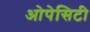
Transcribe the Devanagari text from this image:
ओपेसिटी